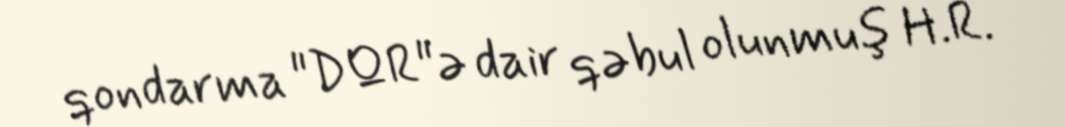
qondarma "DQR"ə dair qəbul olunmuş H.R.